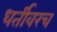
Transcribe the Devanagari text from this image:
धर्तीवरच